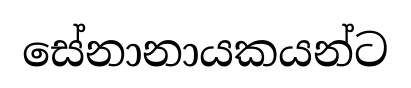
සේනානායකයන්ට